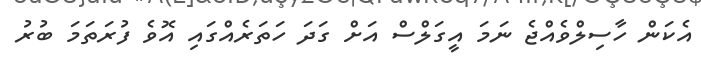
އެކަން ހާސިލްވެއްޖެ ނަމަ އީގަލްސް އަށް ގަދަ ހަތަރެއްގައި އޮވެ ފުރަތަމަ ބުރު